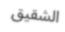
الشقيق